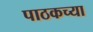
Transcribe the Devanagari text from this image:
पाठकच्या